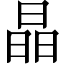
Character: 晶